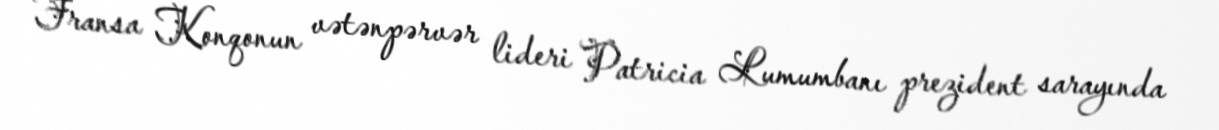
Fransa Konqonun vətənpərvər lideri Patricia Lumumbanı prezident sarayında